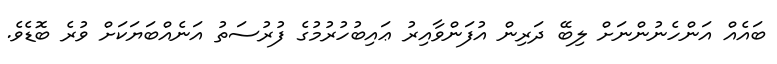
ބައެއް އަންހެނުންނަށް ލިބޭ ދަރިން އުފަންވާއިރު ޢައިބުހުރުމުގެ ފުރުސަތު އަނެއްބަޔަކަށް ވުރެ ބޮޑެވެ.